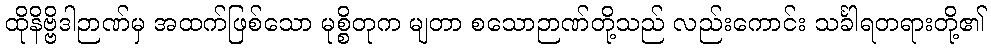
ထိုနိဗ္ဗိဒါဉာဏ်မှ အထက်ဖြစ်သော မုစ္စိတုက မျတာ စသောဉာဏ်တို့သည် လည်းကောင်း သင်္ခါရတရားတို့၏